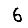
Digit: 6